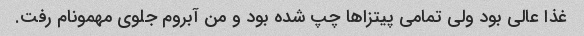
غذا عالی بود ولی تمامی پیتزاها چپ شده بود و من آبروم جلوی مهمونام رفت.